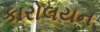
કારોલયન